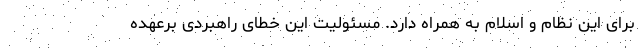
برای این نظام و اسلام به همراه دارد. مسئولیت این خطای راهبردی برعهده